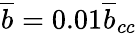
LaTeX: \overline{{b}}=0.01\overline{{b}}_{cc}